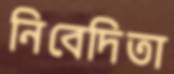
নিবেদিতা